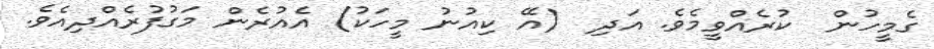
ގެމީހުން  ކުރެއްވީމެވެ. އަދި  (އޭ ކިއުނު މީހަކު) އެއުރެން މަގުފުރެއްދިއެވެ.